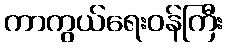
ကာကွယ်ရေးဝန်ကြီး